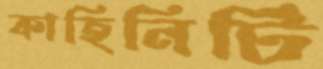
কাহিনিটি